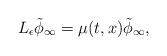
LaTeX: \begin{align*} L_{\epsilon}\tilde{\phi}_{\infty}= \mu(t,x)\tilde{\phi}_{\infty},\end{align*}